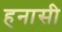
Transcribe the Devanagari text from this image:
हनासी